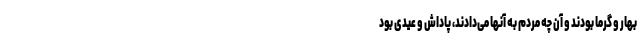
بهار و گرما بودند و آن چه مردم به آنها می‌دادند، پاداش و عیدی بود